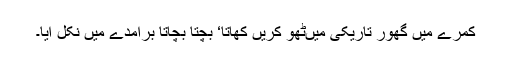
کمرے میں گھور تاریکی میںٹھو کریں کھاتا‘ بچتا بچاتا برآمدے میں نکل آیا۔